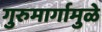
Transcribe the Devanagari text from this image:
गुरुमार्गामुळे